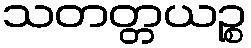
သတတ္တယဉ္စ